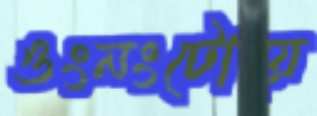
ওংনংটোয়ে